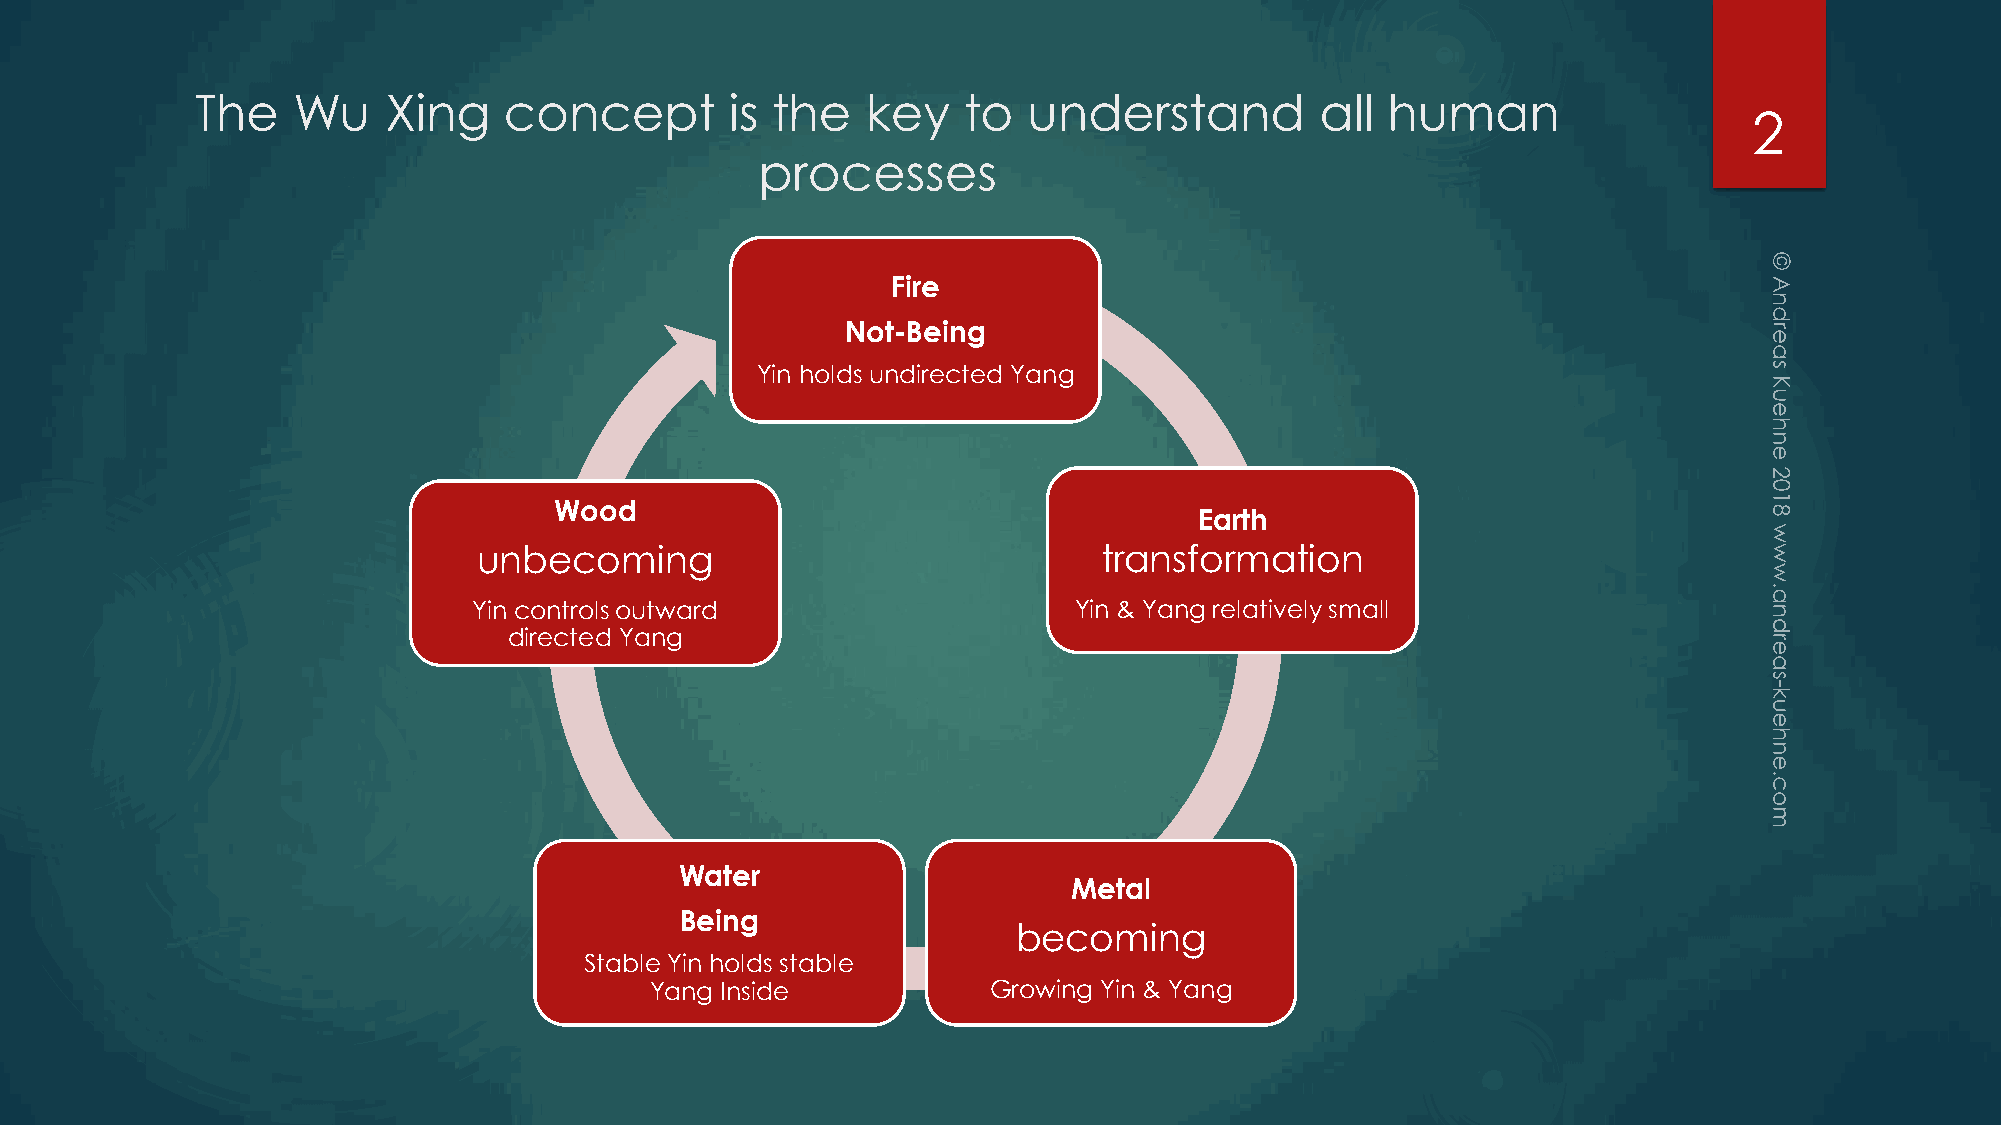
The   Wu    Xing    concept        is the   key    to  understand         all  human
 2
 processes
 Fire
 Not-Being
 Yin holds undirected Yang
 Wood
 Earth
 unbecoming                               transformation
 Yin controls outward                    Yin & Yang relatively small
 directed Yang
 Water
 Metal
 Being
 becoming
 Stable Yin holds stable
 Yang Inside            Growing Yin & Yang